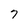
Character: 7